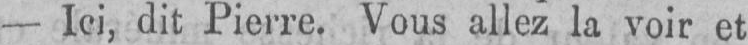
- Ici, dit Pierre. Vous allez la voir et